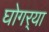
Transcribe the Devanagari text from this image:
घोगर्‍या